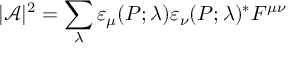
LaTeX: | { \mathcal A } | ^ { 2 } = \sum _ { \lambda } \varepsilon _ { \mu } ( P ; \lambda ) \varepsilon _ { \nu } ( P ; \lambda ) ^ { * } F ^ { \mu \nu }